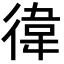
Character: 徫